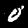
Digit: 0